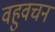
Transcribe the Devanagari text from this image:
वहुवचन